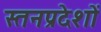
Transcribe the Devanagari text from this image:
स्तनप्रदेशों